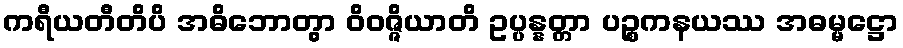
ကရီယတီတိပိ အဓိဘောတွာ ဝိဝဇ္ဇိယာတိ ဥပ္ပန္နတ္တာ ပဉ္စကနယဿ အဓမ္မဋ္ဌော